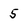
Character: 5